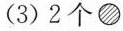
(3)2个●